Indian journal of veterinary science and animal husbandry - Volume 3,
Year: 1933
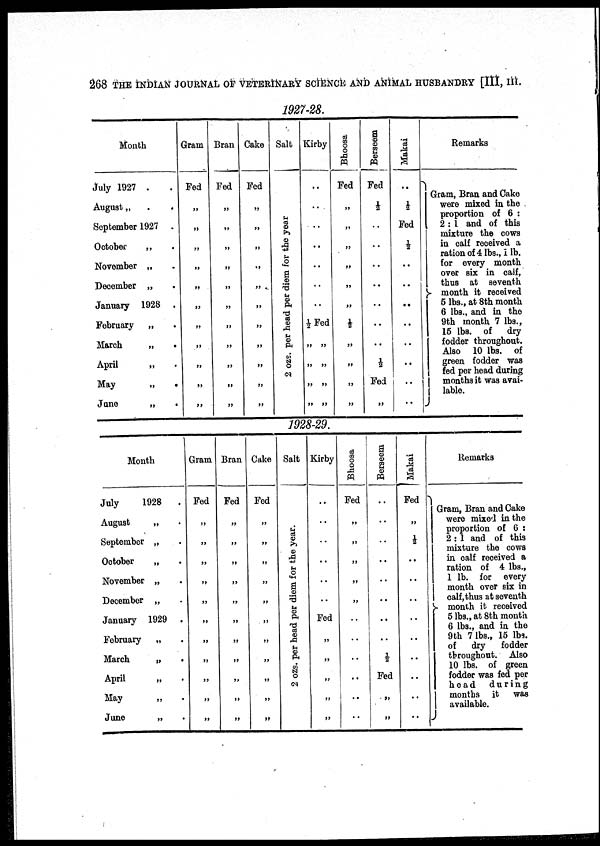
268 THE INDIAN JOURNAL OF VETERINARY SCIENCE AND ANIMAL HUSBANDRY [III, III.
1927-28.
Month
July 1927 . .
August „ . .
September 1927 .
October
„ .
November „ .
December „ .
January 1928 .
February „ .
March
„ .
April
„ .
May
„
.
June
„ .
Gram
Fed
„
„
„
„
„
„
„
„
„
„
„
Bran
Fed
„
„
„
„
„
„
„
„
„
„
„
Cake
Fed
„
„
„
„
„
„
„
„
„
„
„
Salt
2 ozs.
per
head
per
diem
for
the
year
Kirby
..
..
..
..
..
..
..
½ Fed
„ „
„ „
„ „
„ „
Bhoosa
Fed
„
„
„
„
„
„
½
„
„
„
„
Berseem
Fed
½
..
..
..
..
..
..
..
½
Fed
„
Makai
..
½
Fed
½
..
..
..
..
..
..
..
..
Remarks
Gram, Bran and Cake
were mixed in the
proportion of 6 :
2 : 1 and of this
mixture the cows
in calf received a
ration of 4 lbs., I lb.
for every month
over six in calf,
thus at seventh
} month it received
5 lbs., at 8th month
6 lbs., and in the
9th month 7 lbs.,
15 lbs. of dry
fodder throughout.
Also 10 lbs. of
green fodder was
fed per head during
months it was avai¬
lable.
1928-29.
Month
July
1928 .
August
„ .
September „ .
October
„ .
November „ .
December „ .
January 1929 .
February „ .
March
„
.
April
„ .
May „ .
June
„ .
Gram
Fed
„
„
„
„
„
„
„
„
„
„
„
Bran
Fed
„
„
„
„
„
„
„
„
„
„
„
Cake
Fed
„
„
„
„
„
„
„
„
„
„
„
Salt
2 ozs. per head per diem for the year.
Kirby
..
..
..
..
..
..
Fed
„
„
„
„
„
Bhoosa
Fed
„
„
„
„
„
..
..
..
..
..
..
Berseem
..
..
..
..
..
..
..
..
½
Fed
„
„
Makai
Fed
„
½
..
..
...
..
..
..
..
..
..
Remarks
Gram, Bran and Cake
were mixed in the
proportion of 6 :
2 : 1 and of this
mixture the cows
in calf received a
ration of 4 lbs.,
1 lb. for every
month over six in
calf,thus at seventh
} month it received
5 lbs., at 8th month
6 lbs., and in the
9th 7 lbs., 15 lbs.
of dry fodder
throughout. Also
10 lbs. of green
fodder was fed per
head
during
months it was
available.